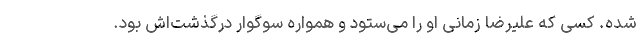
شده. کسی که علیرضا زمانی او را می‌ستود و همواره سوگوار درگذشت‌اش بود.